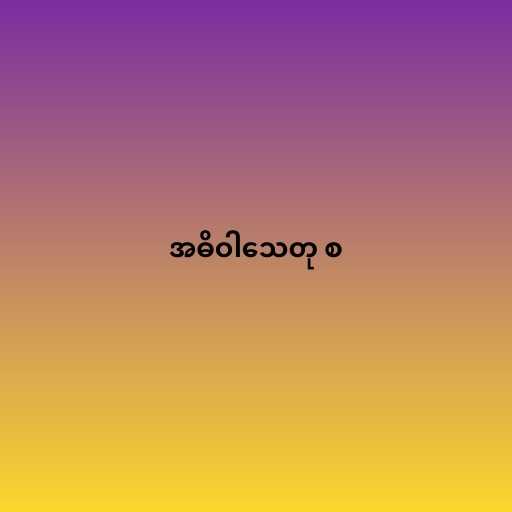
အဓိဝါသေတု စ